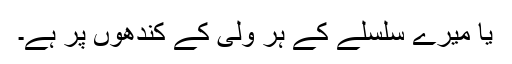
یا میرے سلسلے کے ہر ولی کے کندھوں پر ہے۔